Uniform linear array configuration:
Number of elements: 12
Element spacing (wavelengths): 0.75
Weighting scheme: binomial
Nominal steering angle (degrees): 0
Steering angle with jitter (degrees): -0.9336
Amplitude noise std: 0.05
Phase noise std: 0.05

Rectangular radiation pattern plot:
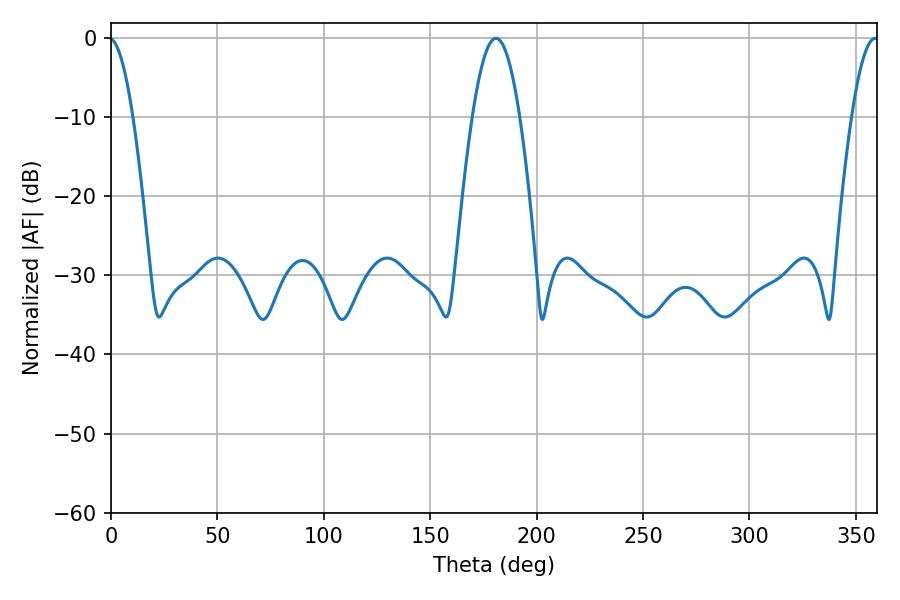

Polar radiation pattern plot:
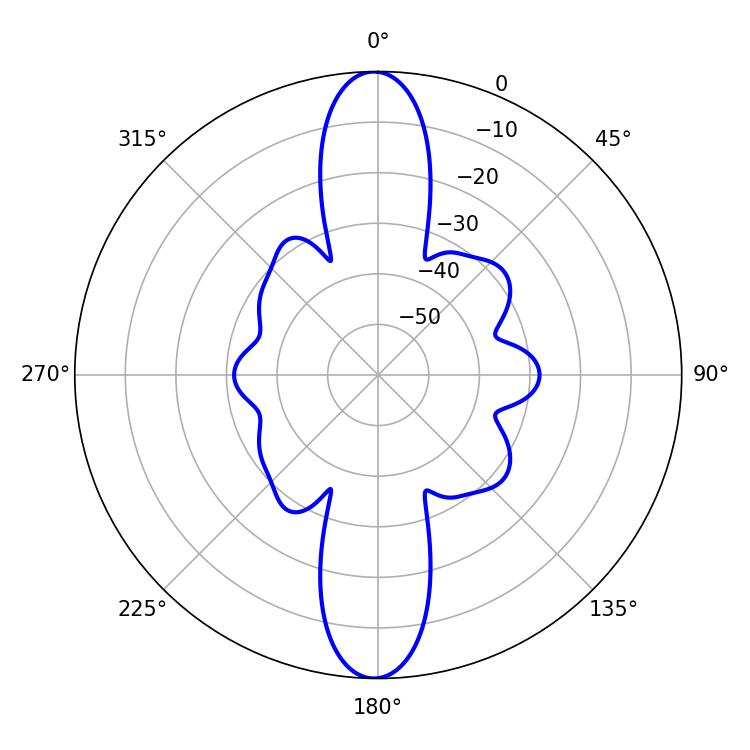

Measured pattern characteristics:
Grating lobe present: TRUE
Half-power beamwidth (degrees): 12.24
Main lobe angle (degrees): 180.9